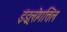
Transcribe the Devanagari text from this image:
इंड्रलोगत्तिल